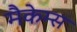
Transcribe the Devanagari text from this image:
मैकेम्स